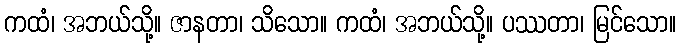
ကထံ၊ အဘယ်သို့။ ဇာနတာ၊ သိသော။ ကထံ၊ အဘယ်သို့။ ပဿတာ၊ မြင်သော။